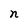
Character: n